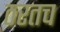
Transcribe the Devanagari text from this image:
ठरतच